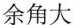
余角大___。